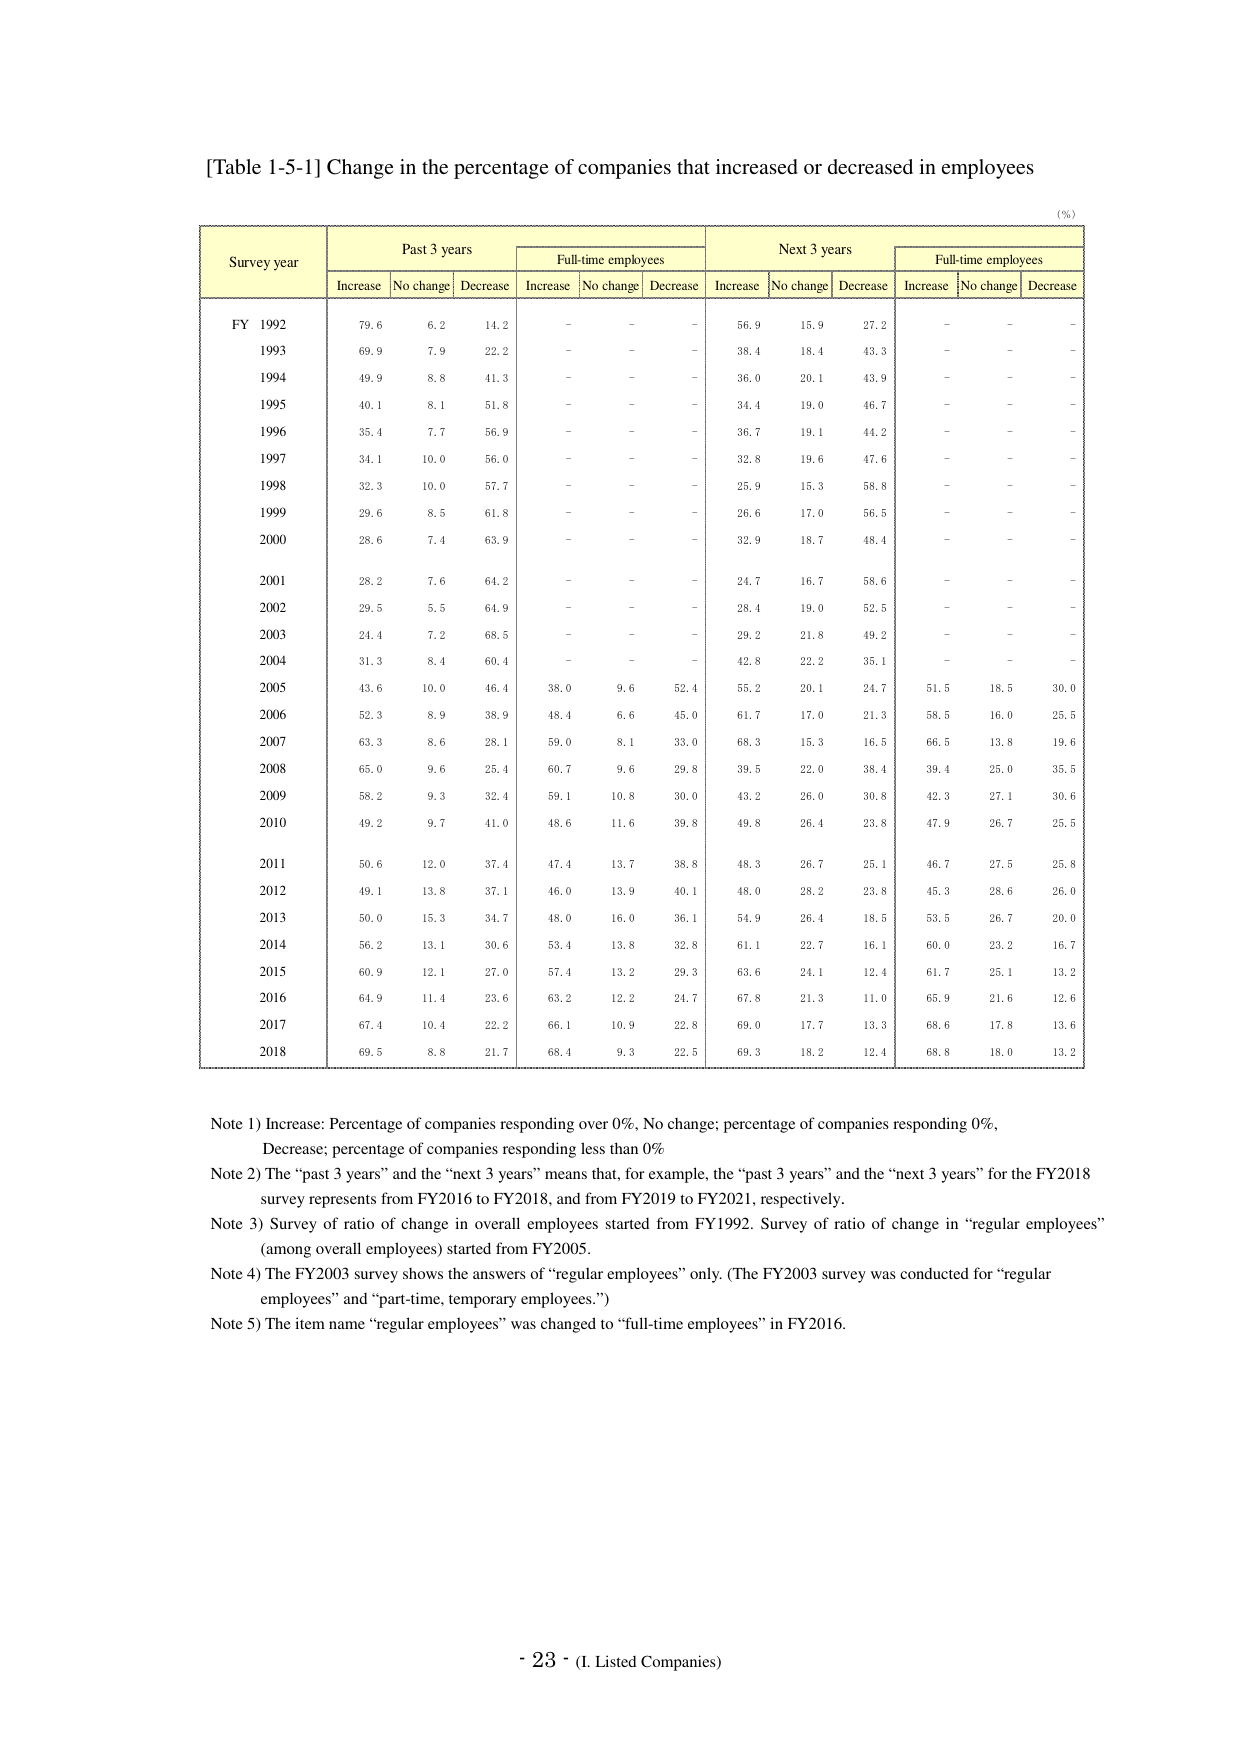
[Table 1-5-1] Change in the percentage of companies that increased or decreased in employees

(%)

Survey year	Past 3 years	Full-time employees	Next 3 years	Full-time employees
Increase	No change	Decrease	Increase	No change	Decrease	Increase	No change	Decrease	Increase	No change	Decrease
FY 1992	79.6	6.2	14.2	-	-	-	56.9	15.9	27.2	-	-	-
1993	69.9	7.9	22.2	-	-	-	38.4	18.4	43.3	-	-	-
1994	49.9	8.8	41.3	-	-	-	36.0	20.1	43.9	-	-	-
1995	40.1	8.1	51.8	-	-	-	34.4	19.0	46.7	-	-	-
1996	35.4	7.7	56.9	-	-	-	36.7	19.1	44.2	-	-	-
1997	34.1	10.0	56.0	-	-	-	32.8	19.6	47.6	-	-	-
1998	32.3	10.0	57.7	-	-	-	25.9	15.3	58.8	-	-	-
1999	29.6	8.5	61.8	-	-	-	26.6	17.0	56.5	-	-	-
2000	28.6	7.4	63.9	-	-	-	32.9	18.7	48.4	-	-	-
2001	28.2	7.6	64.2	-	-	-	24.7	16.7	58.6	-	-	-
2002	29.5	5.5	64.9	-	-	-	28.4	19.0	52.5	-	-	-
2003	24.4	7.2	68.5	-	-	-	29.2	21.8	49.2	-	-	-
2004	31.3	8.4	60.4	-	-	-	42.8	22.2	35.1	-	-	-
2005	43.6	10.0	46.4	38.0	9.6	52.4	55.2	20.1	24.7	51.5	18.5	30.0
2006	52.3	8.9	38.9	48.4	6.6	45.0	61.7	17.0	21.3	58.5	16.0	25.5
2007	63.3	8.6	28.1	59.0	8.1	33.0	68.3	15.3	16.5	66.5	13.8	19.6
2008	65.0	9.6	25.4	60.7	9.6	29.8	39.5	22.0	38.4	39.4	25.0	35.5
2009	58.2	9.3	32.4	59.1	10.8	30.0	43.2	26.0	30.8	42.3	27.1	30.6
2010	49.2	9.7	41.0	48.6	11.6	39.8	49.8	26.4	23.8	47.9	26.7	25.5
2011	50.6	12.0	37.4	47.4	13.7	38.8	48.3	26.7	25.1	46.7	27.5	25.8
2012	49.1	13.8	37.1	46.0	13.9	40.1	48.0	28.2	23.8	45.3	28.6	26.0
2013	50.0	15.3	34.7	48.0	16.0	36.1	54.9	26.4	18.5	53.5	26.7	20.0
2014	56.2	13.1	30.6	53.4	13.8	32.8	61.1	22.7	16.1	60.0	23.2	16.7
2015	60.9	12.1	27.0	57.4	13.2	29.3	63.6	24.1	12.4	61.7	25.1	13.2
2016	64.9	11.4	23.6	63.2	12.2	24.7	67.8	21.3	11.0	65.9	21.6	12.6
2017	67.4	10.4	22.2	66.1	10.9	22.8	69.0	17.7	13.3	68.6	17.8	13.6
2018	69.5	8.8	21.7	68.4	9.3	22.5	69.3	18.2	12.4	68.8	18.0	13.2

Note 1) Increase: Percentage of companies responding over 0%, No change: percentage of companies responding 0%, Decrease: percentage of companies responding less than 0%
Note 2) The “past 3 years” and the “next 3 years” means that, for example, the “past 3 years” and the “next 3 years” for the FY2018 survey represents from FY2016 to FY2018, and from FY2019 to FY2021, respectively.
Note 3) Survey of ratio of change in overall employees started from FY1992. Survey of ratio of change in “regular employees” (among overall employees) started from FY2005.
Note 4) The FY2003 survey shows the answers of “regular employees” only. (The FY2003 survey was conducted for “regular employees” and “part-time, temporary employees.”)
Note 5) The item name “regular employees” was changed to “full-time employees” in FY2016.

- 23 - (I. Listed Companies)